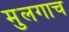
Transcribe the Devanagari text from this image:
मुलगाच